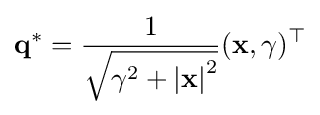
\mathbf {q} ^{*}={\frac {1}{\sqrt {\gamma ^{2}+\left|\mathbf {x} \right|^{2}}}}(\mathbf {x} ,\gamma )^{\top }